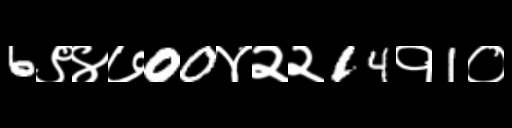
Text: 6९४७00४२२14१1०